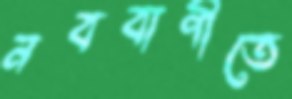
নববাণীতে